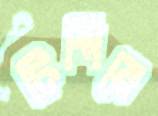
টিপিয়ে